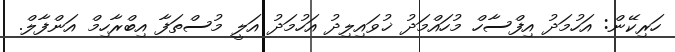
ހަރިކޭން: އަހުމަދު އިފްސާހް މުހައްމަދު ޚުވައިލިދު އަހުމަދު އަލީ މުސްތަފާ އިބްރާހިމް އަންފާލް.